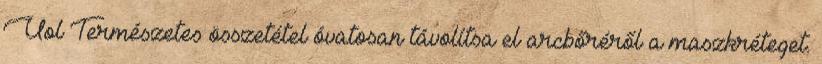
Uol Természetes összetétel óvatosan távolítsa el arcbőréről a maszkréteget.